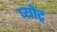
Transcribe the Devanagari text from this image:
प्योट्र